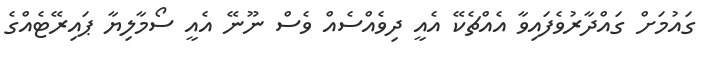
ގައުމަށް ގައްދާރުވެފައިވާ އެއްޗެކޭ އެއީ ދިވެއްސެއް ވެސް ނޫނޭ އެއީ ސޯމާލިޔާ ޕައިރޭޓެއްގެ